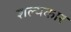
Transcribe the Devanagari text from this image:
शल्यकार